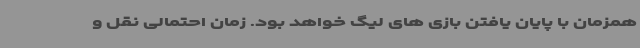
همزمان با پایان یافتن بازی های لیگ خواهد بود. زمان احتمالی نقل و